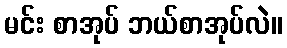
မင်း စာအုပ် ဘယ်စာအုပ်လဲ။